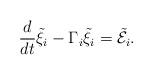
LaTeX: \begin{align*}\frac{d}{dt} \tilde\xi_{i}-\Gamma_i \tilde\xi_{i } =\tilde{\mathcal{E}}_{i }. \end{align*}